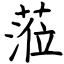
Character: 蒞